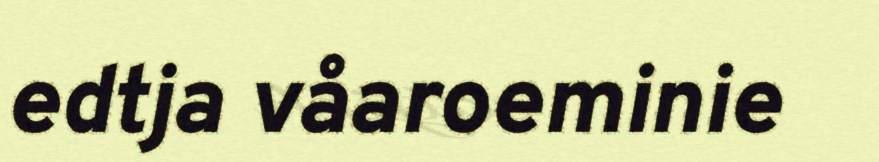
edtja våaroeminie